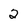
Character: 2